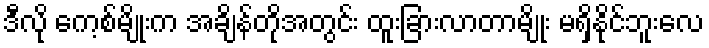
ဒီလို ကေ့စ်မျိုးက အချိန်တိုအတွင်း ထူးခြားလာတာမျိုး မရှိနိုင်ဘူးလေ